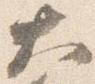
大